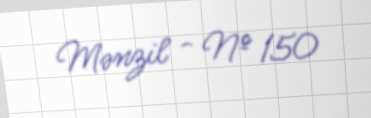
Mənzil - № 150